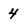
Character: 4